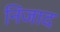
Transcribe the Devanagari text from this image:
निजाद